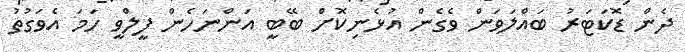
ދެން ޑޮކަޓަރު ބައްލަވަން ވެގެން އުޅެނިކޮށް ބޭބީ އަންނަހެން ފީލްވީ ހަމަ އެވަގުތު